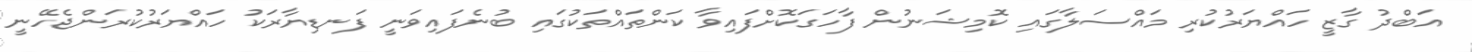
އަބްދު ގާޒީ ހައްޔަރުކުރި މައްސަލާގައި ކޮމިޝަނުން ފާހަގަކޮށްފައިވާ ކަންތައްތަކުގައި ބުނެފައިވަނީ ފަނޑިޔާރަކު ހައްޔަރުކުރަންޖެހޭނީ